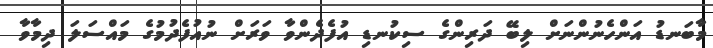
މާބަނޑު އަންހެނުންނަށް ލިބޭ ދަރިންގެ ސިކުނޑި އުފެދެންވާ ވަރަށް ނުއުފެދުމުގެ މައްސަލަ ދިމާވާ